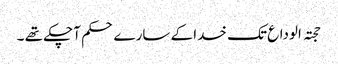
حجتہ الوداع تک خدا کے سارے حکم آچکے تھے ۔